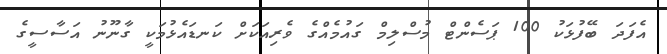
އެފަދަ ބޭފުޅަކު 100 ޕަސެންޓް މުސްލިމް ގައުމެއްގެ ވެރިއަކަށް ކަނޑައެޅުމަކީ ގާނޫނު އަސާސީގެ